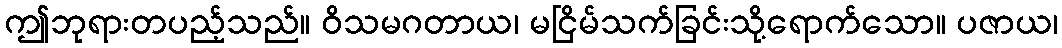
ဤဘုရားတပည့်သည်။ ဝိသမဂတာယ၊ မငြိမ်သက်ခြင်းသို့ရောက်သော။ ပဇာယ၊